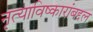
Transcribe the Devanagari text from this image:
नृत्याविष्कारांबद्दल